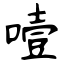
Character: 噎